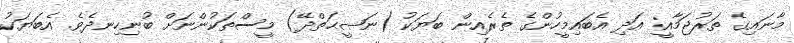
މާނައިގެ ތަރުޖަމާއީ: އަދި އެބައިމީހުންގެ ތެރެއިން ބަޔަކު (ނަޞީޙަތްދޭ) މީސްތަކުންނަށް ބުނިހިނދެވެ. އެބަޔަކު